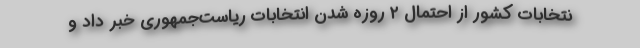
نتخابات کشور از احتمال ۲ روزه شدن انتخابات ریاست‌جمهوری خبر داد و